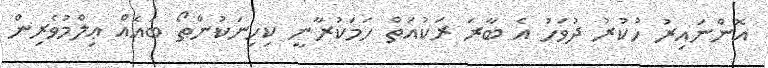
އޮންނައިރު ހުކުރު ދުވަހު އެ ބާރަ ރަކުއަތް ހަމަކުރާނީ ކިހިނަކުންތޯ ބައެއް ޢިލްމުވެރިން